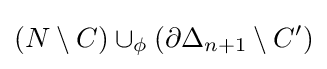
(N\setminus C)\cup _{\phi }(\partial \Delta _{n+1}\setminus C')